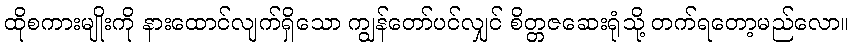
ထိုစကားမျိုးကို နားထောင်လျက်ရှိသော ကျွန်တော်ပင်လျှင် စိတ္တဇဆေးရုံသို့ တက်ရတော့မည်လော။